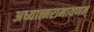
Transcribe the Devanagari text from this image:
अध्यात्मरामायणम्